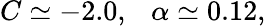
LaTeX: C\simeq-2.0,\ \ \ \alpha\simeq 0.12,